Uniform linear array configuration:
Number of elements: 24
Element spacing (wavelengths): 1
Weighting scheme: cosine
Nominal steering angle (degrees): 60
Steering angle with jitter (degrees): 58.92
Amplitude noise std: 0.05
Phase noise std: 0.05

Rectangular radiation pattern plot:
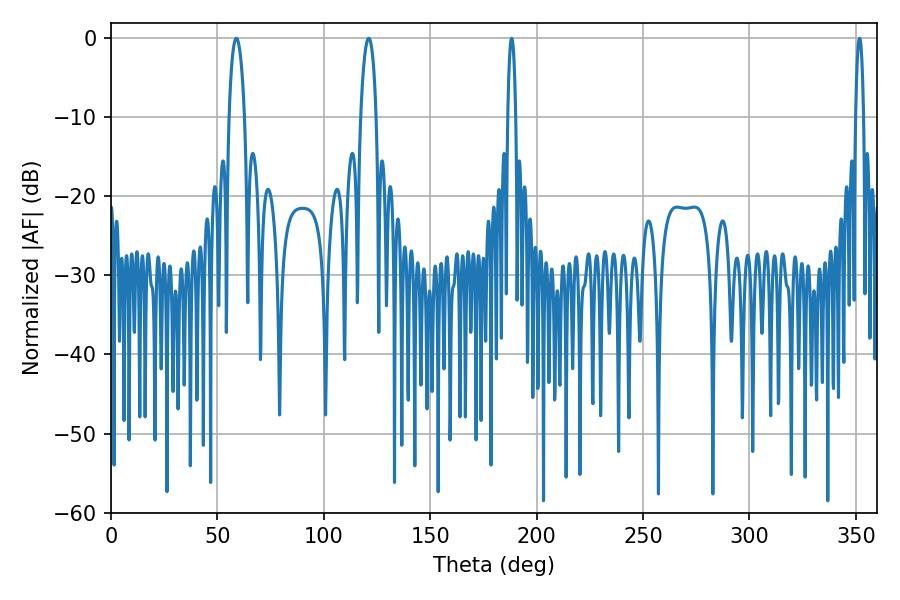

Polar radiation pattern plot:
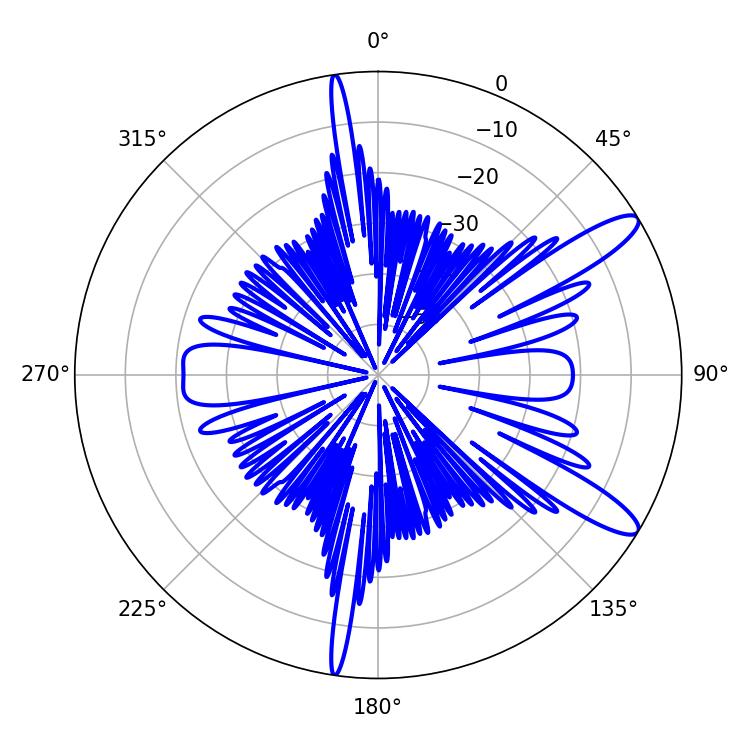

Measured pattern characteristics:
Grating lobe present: TRUE
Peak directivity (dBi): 12.044
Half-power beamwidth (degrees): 2.16
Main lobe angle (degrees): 188.28